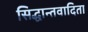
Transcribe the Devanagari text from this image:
सिद्धान्तवादिता